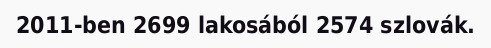
2011-ben 2699 lakosából 2574 szlovák.